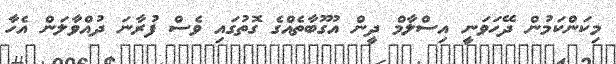
މިކަންކަމުން ދޭހަވަނީ އިސްލާމް ދީން އުގޫބާތެއްގެ ގޮތުގައި ވެސް ފުރާނަ ދުއްވާލަން އެހާ